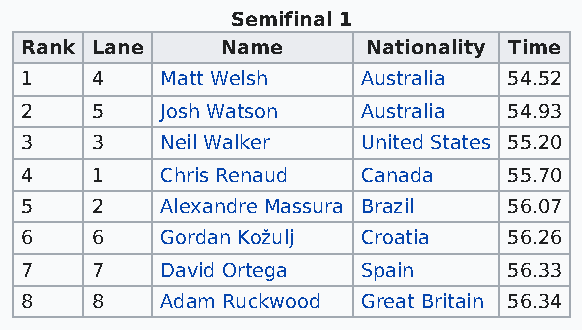
Semifinal 1
 Rank Lane     Name     Nationality Time
 1    4    Matt Welsh   Australia 54.52
 2    5    Josh Watson  Australia 54.93
 3    3    Neil Walker  United States 55.20
 4    1    Chris Renaud Canada    55.70
 5    2    Alexandre Massura Brazil 56.07
 6    6    Gordan Kožulj Croatia  56.26
 7    7    David Ortega Spain     56.33
 8    8    Adam Ruckwood Great Britain 56.34